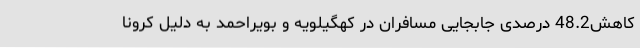
کاهش48.2 درصدی جابجایی مسافران در کهگیلویه و بویراحمد به دلیل کرونا